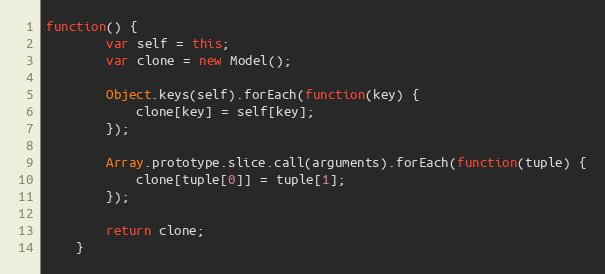
Language: JavaScript
function() {
        var self = this;
        var clone = new Model();

        Object.keys(self).forEach(function(key) {
            clone[key] = self[key];
        });

        Array.prototype.slice.call(arguments).forEach(function(tuple) {
            clone[tuple[0]] = tuple[1];
        });

        return clone;
    }